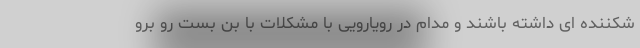
شکننده ای داشته باشند و مدام در رویارویی با مشکلات با بن بست رو برو